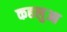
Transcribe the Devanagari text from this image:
कहलुआ